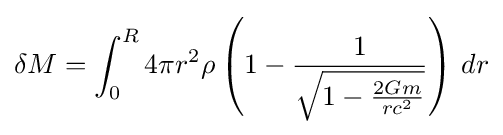
\delta M=\int _{0}^{R}4\pi r^{2}\rho \left(1-{\frac {1}{\sqrt {1-{\frac {2Gm}{rc^{2}}}}}}\right)\,dr